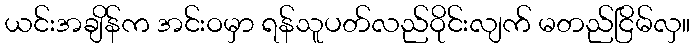
ယင်းအချိန်က အင်းဝမှာ ရန်သူပတ်လည်ဝိုင်းလျက် မတည်ငြိမ်လှ။